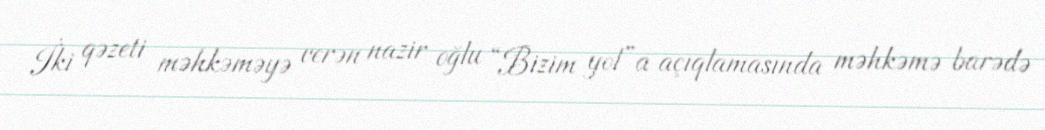
İki qəzeti məhkəməyə verən nazir oğlu “Bizim yol”a açıqlamasında məhkəmə barədə